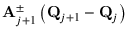
\mathbf { A } _ { j + 1 } ^ { \pm } \left( \mathbf { Q } _ { j + 1 } - \mathbf { Q } _ { j } \right)